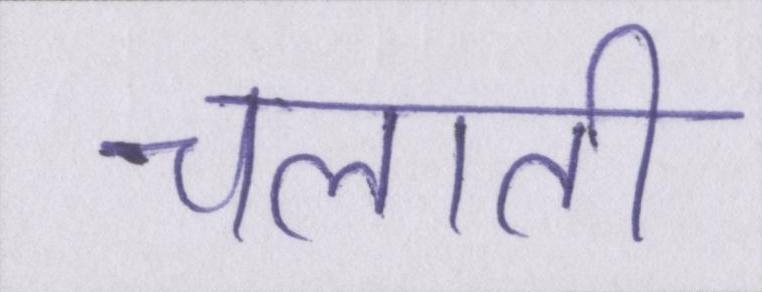
चलाती